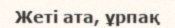
Жеті ата, ұрпақ